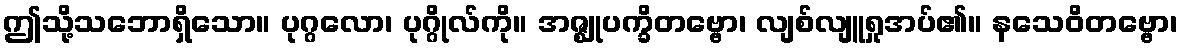
ဤသို့သဘောရှိသော။ ပုဂ္ဂလော၊ ပုဂ္ဂိုလ်ကို။ အဇ္ဈုပက္ခိတဗ္ဗော၊ လျစ်လျူရှုအပ်၏။ နသေဝိတဗ္ဗော၊